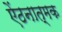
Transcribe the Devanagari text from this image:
ऐंठनात्मक